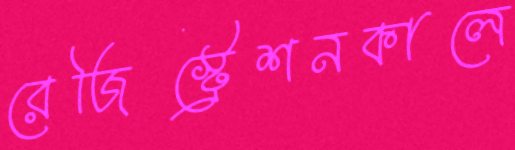
রেজিস্ট্রেশনকালে